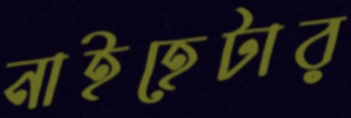
নাইহেটার